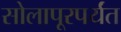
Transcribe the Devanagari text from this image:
सोलापूरपर्यंत